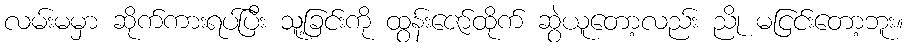
လမ်းမမှာ ဆိုက်ကားရပ်ပြီး သူ့ခြင်းကို ထွန်းဇော်ထိုက် ဆွဲယူတော့လည်း ညို မငြင်းတော့ဘူး။